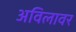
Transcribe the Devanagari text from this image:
अविलावर